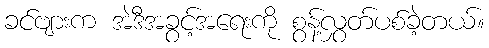
ခင်ဗျားက အဲဒီအခွင့်အရေးကို စွန့်လွှတ်ပစ်ခဲ့တယ်။